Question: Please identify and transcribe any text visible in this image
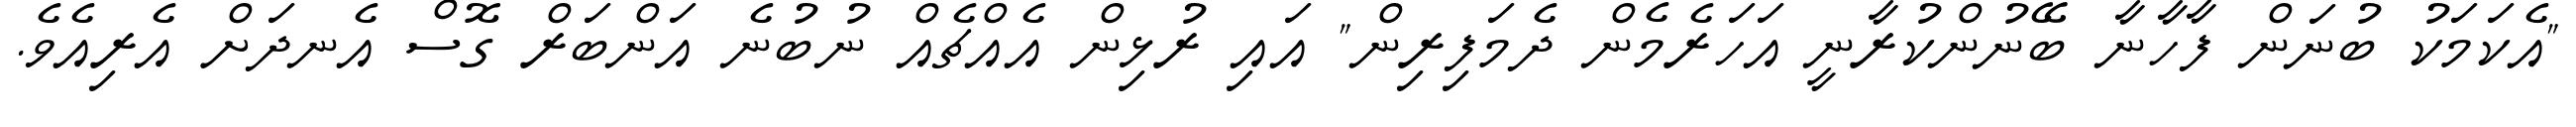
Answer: "އެކަމަކު ބުނަން ފާހާނާ ބޭނުންކުރާނީ އަހަރެމެން ދެމަފިރިން" އައި ރުޅިން އެއްޗެއް ނުބުނެ އަންބަރް ގޮސް އެނދަށް އެރިއެވެ.